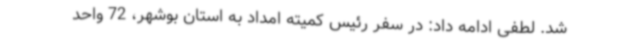
شد. لطفی ادامه داد: در سفر رئیس کمیته امداد به استان بوشهر، 72 واحد